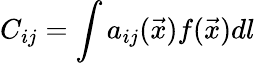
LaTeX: C_{ij}=\int a_{ij}(\vec{x})f(\vec{x})dl